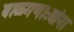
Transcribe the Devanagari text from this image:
बाळगणाऱ्यांना